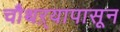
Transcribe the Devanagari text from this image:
चौथऱ्यापासून